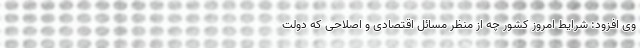
وی افزود: شرایط امروز کشور چه از منظر مسائل اقتصادی و اصلاحی که دولت